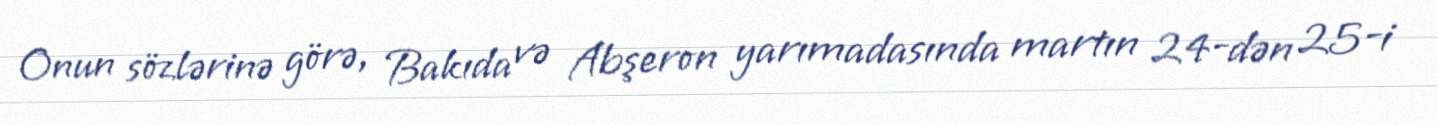
Onun sözlərinə görə, Bakıda və Abşeron yarımadasında martın 24-dən 25-i